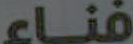
فناء